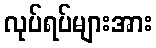
လုပ်ရပ်များအား